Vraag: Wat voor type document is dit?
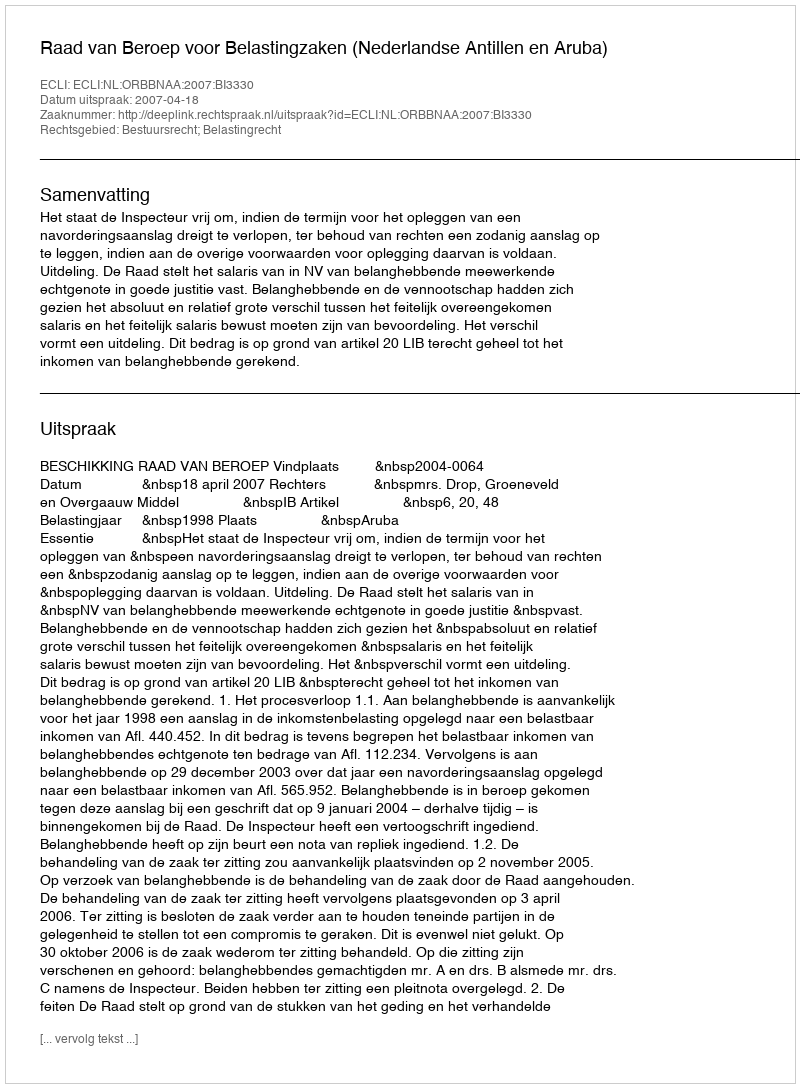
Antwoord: Uitspraak